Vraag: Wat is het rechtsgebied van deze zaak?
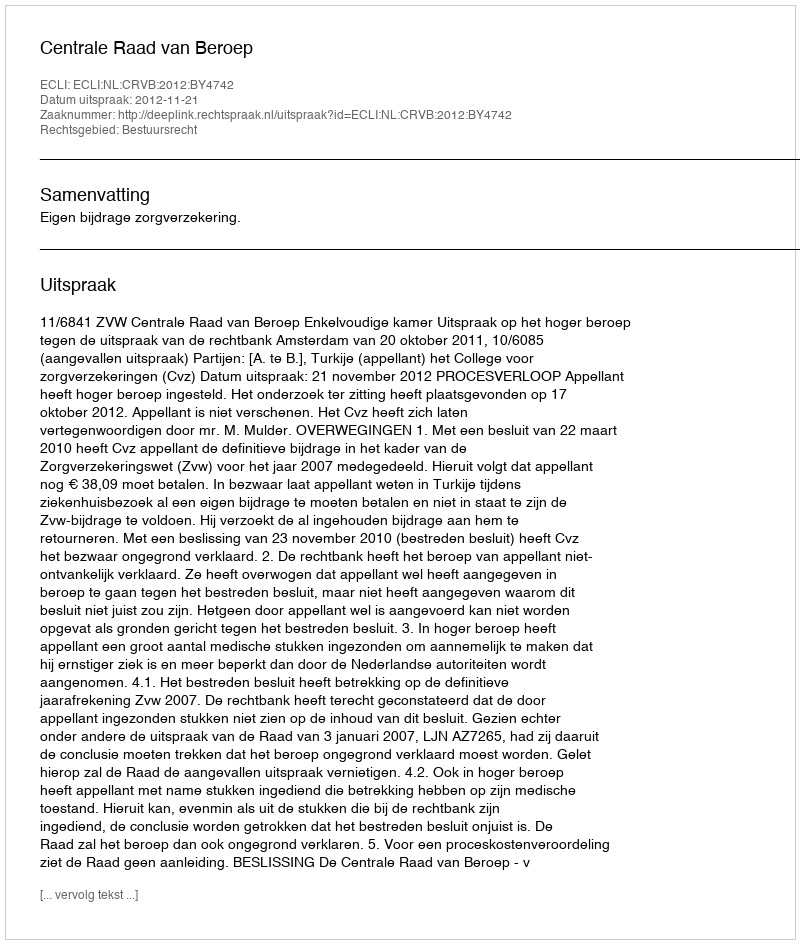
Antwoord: Bestuursrecht